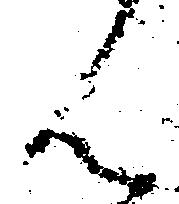
ん